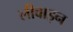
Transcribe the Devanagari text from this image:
लीवाइन